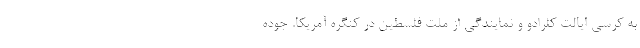
به کرسی ایالت کلرادو و نمایندگی از ملت فلسطین در کنگره آمریکا. جوده